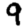
Digit: 9